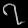
Digit: ၇